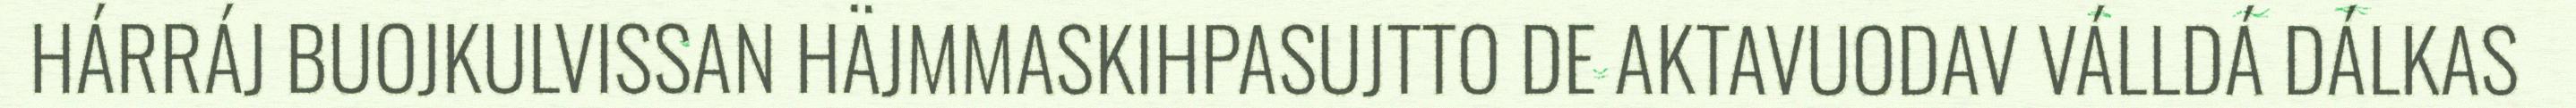
HÁRRÁJ BUOJKULVISSAN HÄJMMASKIHPASUJTTO DE AKTAVUODAV VÁLLDÁ DÁLKAS